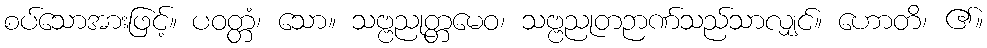
စပ်သောအားဖြင့်။ ပဝတ္တံ၊ သော။ သဗ္ဗညုတ္တမေဝ၊ သဗ္ဗညုတဉာဏ်သည်သာလျှင်။ ဟောတိ၊ ၏။